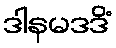
ဒါနမဒဒိံ